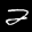
Label: 2